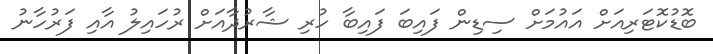
ބޮޑުކޮޓަރިއަށް އައުމަށް ސިޑިން ފައިބަ ފައިބާ ހުރި ޝާރުދާއަށް ރުހައިލު އާއި ފަރުހާނު